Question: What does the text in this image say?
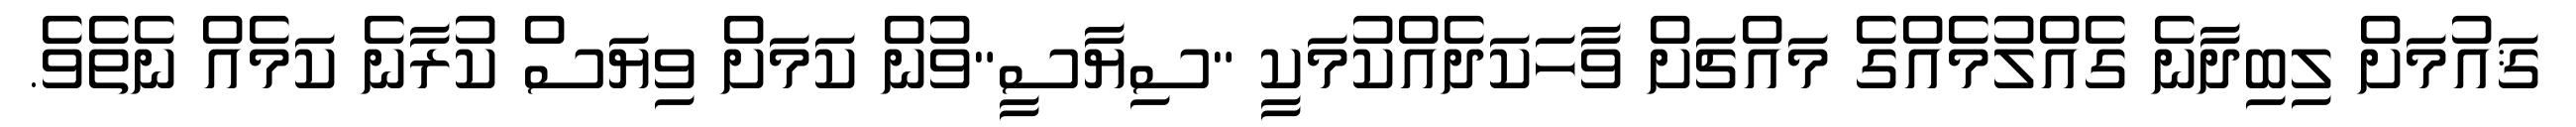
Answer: ޤައުމަށް ލިބިދާނެ ގެއްލުމެއްގެ މައްޗަށް ވާހަކަދެއްކުމަކީ "ސިޔާސީ"ވުން ކަމަށް ވިޔަސް ކުރާނެ ކަމެއް ނެތެވެ.